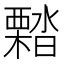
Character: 𣝭